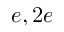
e , 2 e